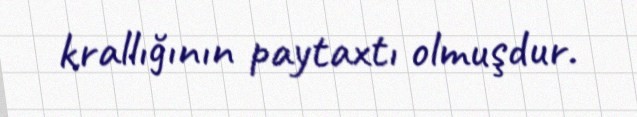
krallığının paytaxtı olmuşdur.